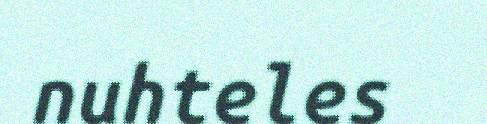
nuhteles